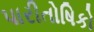
પારીતોષિકો